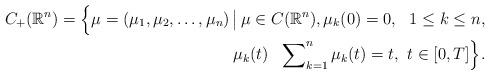
LaTeX: \begin{align*}C_{+}(\mathbb{R}^n) = \Bigl\{\mu=(\mu_1, \mu_2, \ldots, \mu_n) \,\bigl \vert \,\mu \in C(\mathbb{R}^n), \mu_k(0)=0, \,\, \,\, 1 \le k \le n, & \\ \mu_k(t) \,\, \,\, \sum\nolimits_{k=1}^n \mu_k(t) = t, \,\, t \in [0, T] \Bigr\}.& \end{align*}